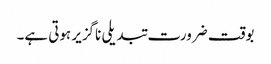
بوقت ضرورت تبدیلی ناگزیر ہوتی ہے۔